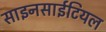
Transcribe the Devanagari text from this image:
साइनसाईटियल